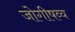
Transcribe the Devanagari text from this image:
जोगीषव्य